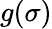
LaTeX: g(\sigma)